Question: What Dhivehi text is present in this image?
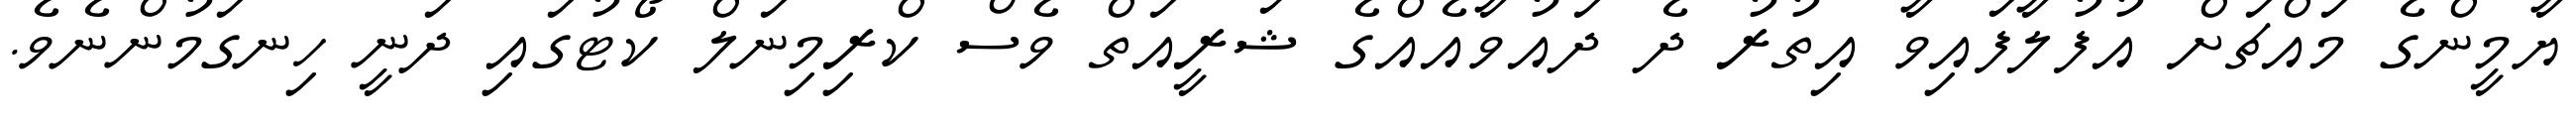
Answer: ޔާމީންގެ މައްޗަށް އުފުލާފައިވާ އިތުރު ދެ ދައުވާއެއްގެ ޝަރީއަތް ވެސް ކްރިމިނަލް ކޯޓުގައި ދަނީ ހިނގަމުންނެވެ.